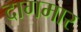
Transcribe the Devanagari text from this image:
दागमार